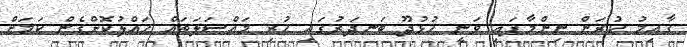
ގާއިމު ކުރަން ނިންމާފައި ވަނީ ހުޅުދޫ ބަނދަރުގައި ހުރި މައްސަލަތައް ހައްލުކޮށްގެން ކަމަށް